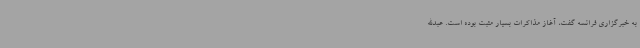
به خبرگزاری فرانسه گفت، آغاز مذاکرات بسیار مثبت بوده است. عبدالله